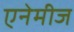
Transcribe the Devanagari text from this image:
एनेमीज